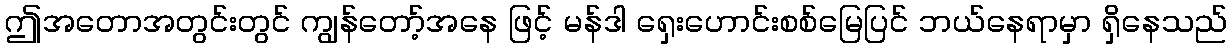
ဤအတောအတွင်းတွင် ကျွန်တော့်အနေ ဖြင့် မန်ဒါ ရှေးဟောင်းစစ်မြေပြင် ဘယ်နေရာမှာ ရှိနေသည်